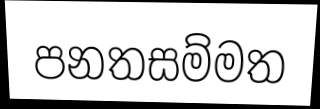
පනතසම්මත